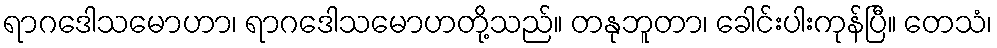
ရာဂဒေါသမောဟာ၊ ရာဂဒေါသမောဟတို့သည်။ တနုဘူတာ၊ ခေါင်းပါးကုန်ပြီ။ တေသံ၊